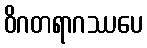
ဝိဂတရာဂဿပေ